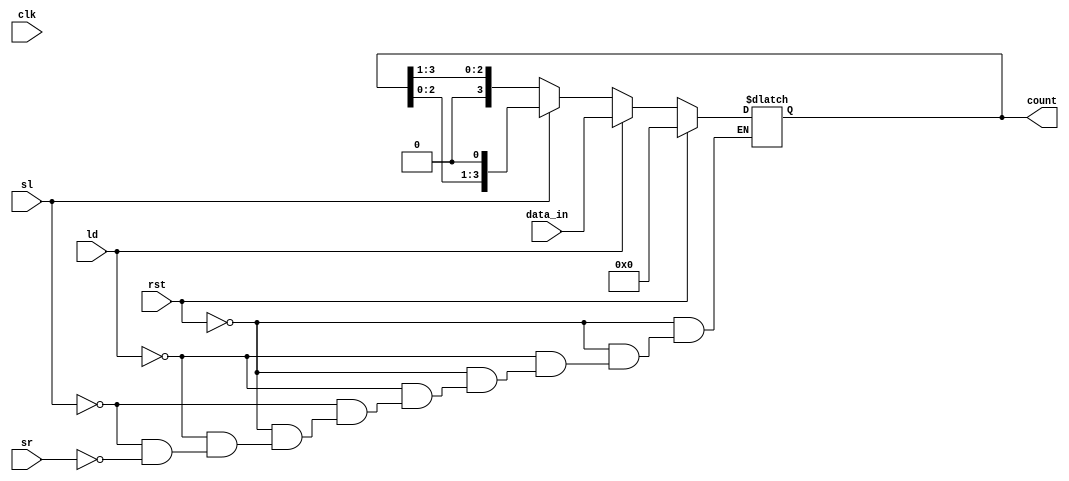
module async_shift_counter (
    input wire clk,          // Clock signal (not used for asynchronous operation)
    input wire rst,          // Reset signal
    input wire ld,           // Load signal
    input wire sl,           // Shift Left signal
    input wire sr,           // Shift Right signal
    input wire [3:0] data_in, // Input data for loading
    output reg [3:0] count    // Current count value
);

// Asynchronous reset and control logic
always @(*) begin
    if (rst) begin
        count = 4'b0000; // Reset count to 0
    end else if (ld) begin
        count = data_in; // Load preset value
    end else if (sl) begin
        count = {count[2:0], 1'b0}; // Shift left, LSB filled with 0
    end else if (sr) begin
        count = {1'b0, count[3:1]}; // Shift right, MSB filled with 0
    end
end

endmodule